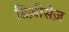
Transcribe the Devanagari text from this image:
डिज़ीसेज़